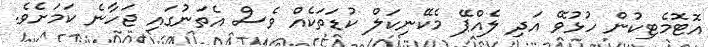
އޮޓޮމެޓިކުން ހުޅުވޭ އަދި ލެއްޕޭ މެކޭނިކަލް ކުޑަތަކެއް ވެސް އެތަނުގައި ޖަހާނެ ކަމަށެވެ.